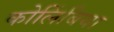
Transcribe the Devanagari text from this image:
कोलिंबिया